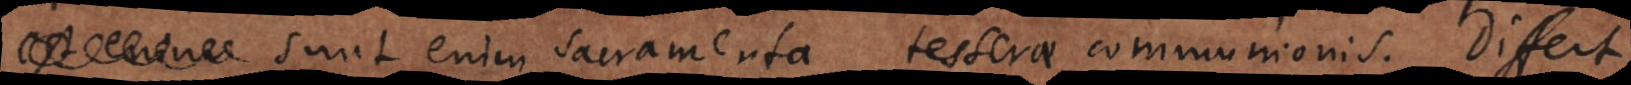
enim visibilis sacramenta, tesserae communionis. Differt